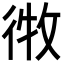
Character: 𫹘